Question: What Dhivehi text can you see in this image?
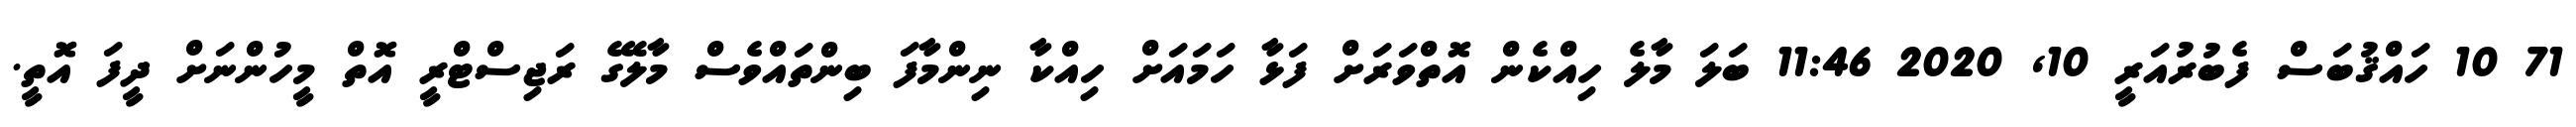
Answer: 71 10 ހައްޤުބަސް ފެބުރުއަރީ 10, 2020 11:46 ބަލަ މާލެ ހިއްކެން އޮތްވަރަށް ފަޅާ ހަމައަށް ހިއްކާ ނިންމާފަ ބިންތައްވެސް މާލޭގެ ރަޖިސްޓްރީ އޮތް މީހުންނަށް ދީފަ އޮތީ.